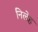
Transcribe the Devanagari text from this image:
निलेह